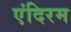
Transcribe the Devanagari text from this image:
एंदिरम